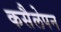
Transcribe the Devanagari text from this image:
कसैलेपन